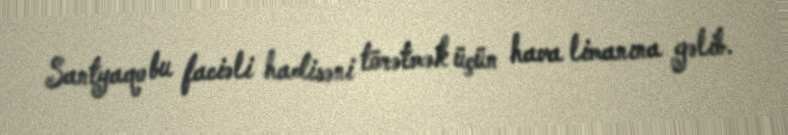
Santyaqo bu faciəli hadisəni törətmək üçün hava limanına gəlib.